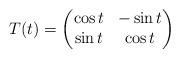
LaTeX: \begin{align*} T(t)=\begin{pmatrix} \cos{t} & -\sin{t} \\ \sin{t} & \cos{t} \end{pmatrix} \end{align*}